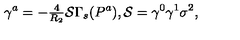
\gamma ^ { a } = - { \textstyle \frac { 4 } { R _ { 2 } } } \mathcal { S } \Gamma _ { s } ( P ^ { a } ) , \mathcal { S } = \gamma ^ { 0 } \gamma ^ { 1 } \sigma ^ { 2 } ,